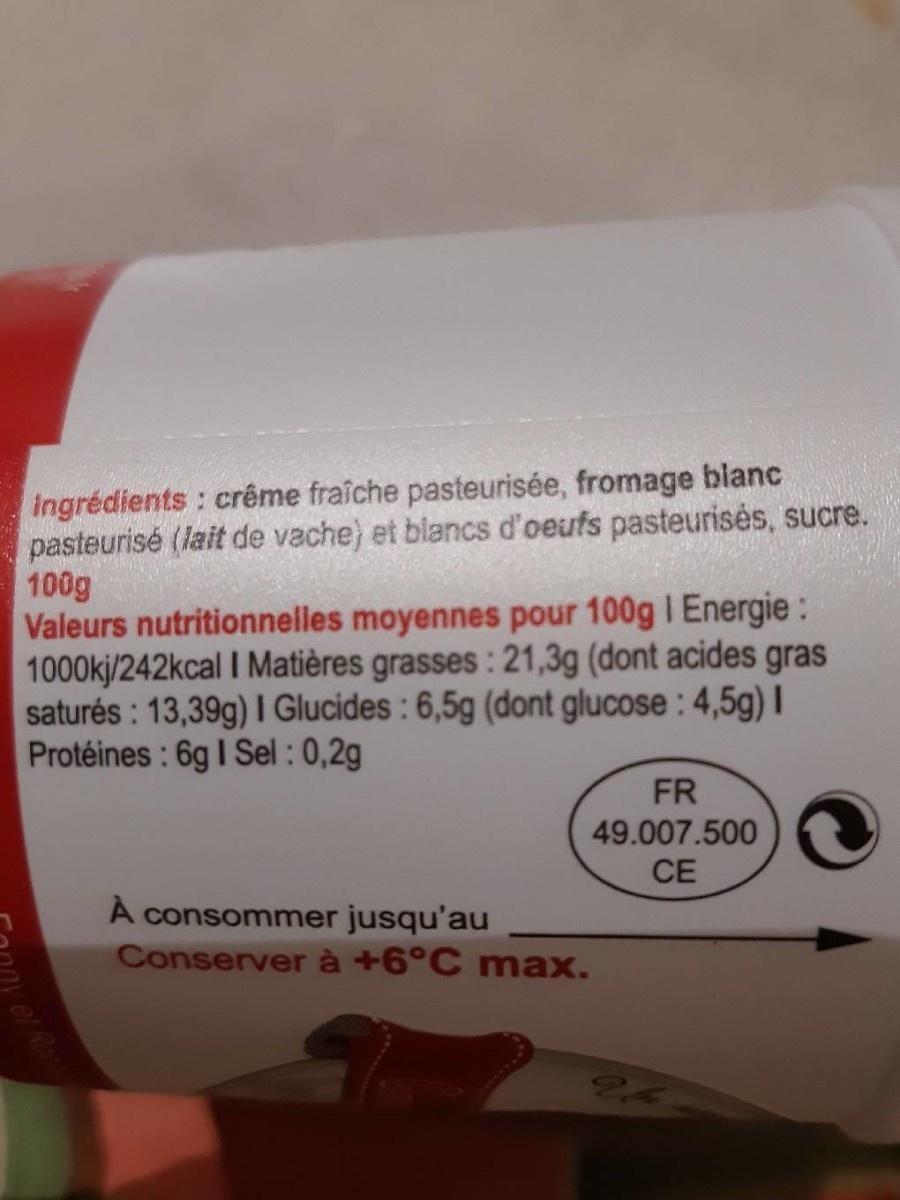
ingrédients: crême fraîche pasteurisée, fromage blanc pasteurisé (lait de vache) et blancs d'oeufs pasteurisés, sucre. 100g Valeurs nutritionnelles moyennes pour 100g I Energie : 1000kj/242kcal I Matières grasses : 21,3g (dont acides gras saturés : 13,39g) I Glucides : 6,5g (dont glucose : 4,5g) I Protéines : 6g I Sel : 0,2g
FR
49.007.500
CE
À consommer jusqu'au Conserver à +6°C max.